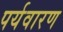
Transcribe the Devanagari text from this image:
पर्यवारण